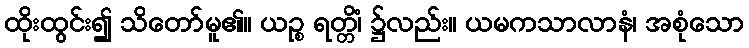
ထိုးထွင်း၍ သိတော်မူ၏။ ယဉ္စ ရတ္တိံ၊ ၌လည်း။ ယမကသာလာနံ၊ အစုံသော